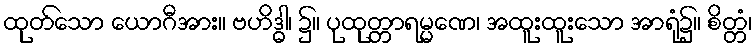
ထုတ်သော ယောဂီအား။ ဗဟိဒ္ဓါ၊ ၌။ ပုထုတ္တာရမ္မဏေ၊ အထူးထူးသော အာရုံ၌။ စိတ္တံ၊